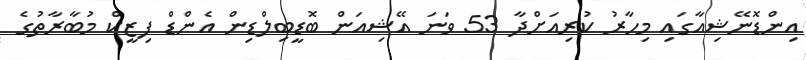
އިންޑޮނޭޝިއާގައި މިހާރު ކުރިއަށްދާ 53 ވަނަ އޭޝިއަން ބޮޑީބިލްޑިން އެންޑް ފިޒީކް މުބާރާތުގެ